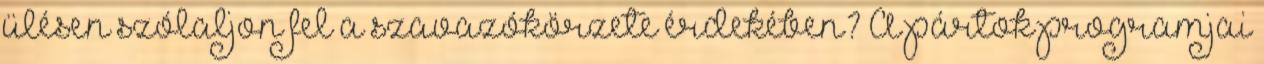
ülésen szólaljon fel a szavazókörzete érdekében? A pártok programjai